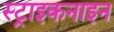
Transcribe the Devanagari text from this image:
स्ट्राइकनाइन